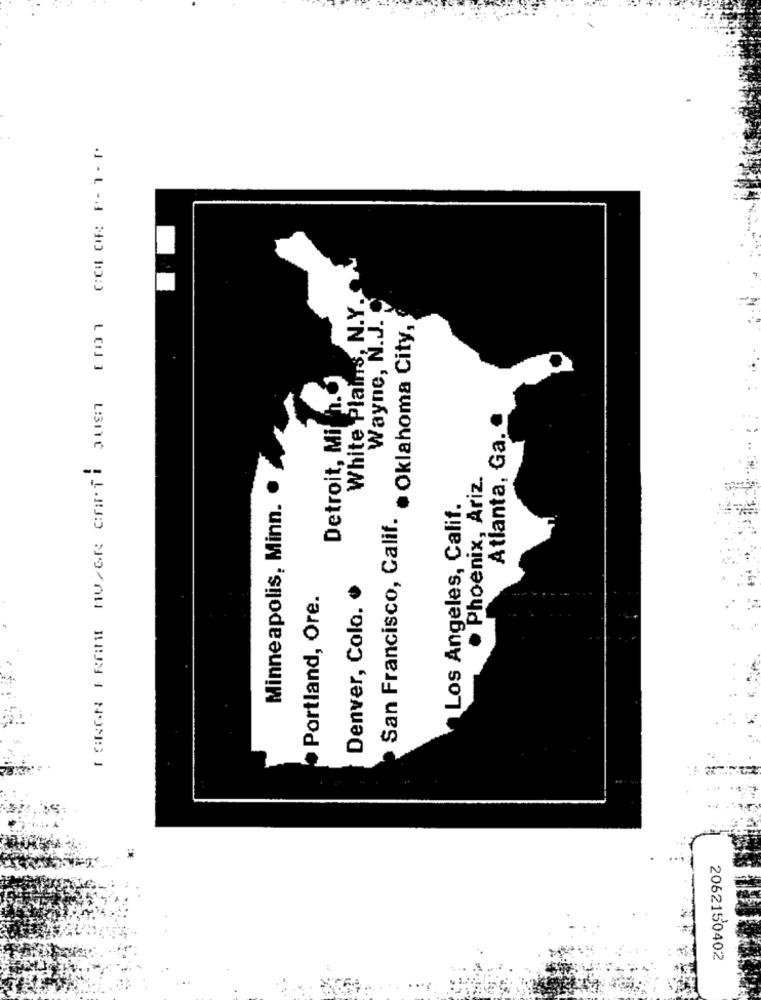
I BRGN FREML MU/GR carti buen con COLOR F-1 .
White Plains, N.Y.
Wayne, N.J.
San Francisco, Calif. · Oklahoma City,
Detroit, Mich.
Atlanta, Ga.
. Phoenix, Ariz.
Minneapolis, Minn.
Los Angeles, Calif.
Denver, Colo. o
Portland, Ore.
2062150402